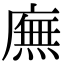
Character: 廡